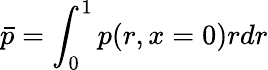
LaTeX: \bar{p}=\int_{0}^{1}p(r,x=0)rdr